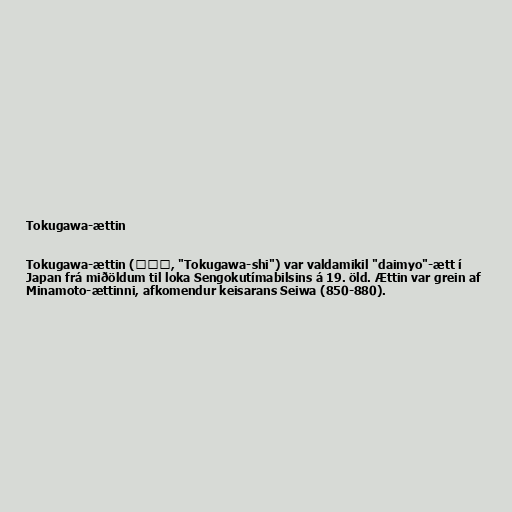
Tokugawa-ættin

Tokugawa-ættin (徳川氏, "Tokugawa-shi") var valdamikil "daimyo"-ætt í
Japan frá miðöldum til loka Sengokutímabilsins á 19. öld. Ættin var grein af
Minamoto-ættinni, afkomendur keisarans Seiwa (850-880).